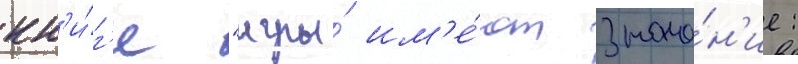
кн'и́г'е "игры́ им'е́ют значе́н'ие: